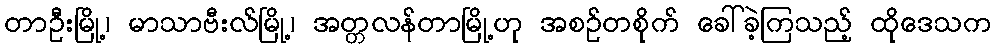
တာဦးမြို့၊ မာသာဗီးလ်မြို့၊ အတ္တလန်တာမြို့ဟု အစဉ်တစိုက် ခေါ်ခဲ့ကြသည့် ထိုဒေသက